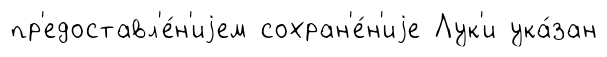
пр'едоставл'е́н'иjем сохран'е́н'иjе Лук'и ука́зан